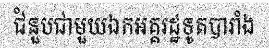
ជំនួបជាមួយឯកអគ្គរដ្ឋទូតបារាំង